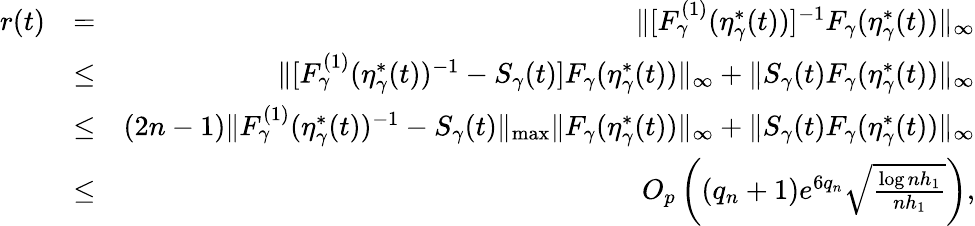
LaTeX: \begin{array}{rlr}{r(t)}&{=}&{\| [F_{\gamma}^{(1)}(\eta_{\gamma}^{*}(t))]^{-1}F_{\gamma}(\eta_{\gamma}^{*}(t))\| _{\infty}}\\ &{\le}&{\| [F_{\gamma}^{(1)}(\eta_{\gamma}^{*}(t))^{-1}-S_{\gamma}(t)]F_{\gamma}(\eta_{\gamma}^{*}(t))\| _{\infty}+\| S_{\gamma}(t)F_{\gamma}(\eta_{\gamma}^{*}(t))\| _{\infty}}\\ &{\le}&{(2n-1)\| F_{\gamma}^{(1)}(\eta_{\gamma}^{*}(t))^{-1}-S_{\gamma}(t)\| _{\operatorname*{max}}\| F_{\gamma}(\eta_{\gamma}^{*}(t))\| _{\infty}+\| S_{\gamma}(t)F_{\gamma}(\eta_{\gamma}^{*}(t))\| _{\infty}}\\ &{\le}&{O_{p}\left((q_{n}+1)e^{6q_{n}}\sqrt{\frac{\log nh_{1}}{nh_{1}}}\right),}\end{array}